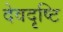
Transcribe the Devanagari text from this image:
देवदृष्टि